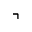
\urcorner